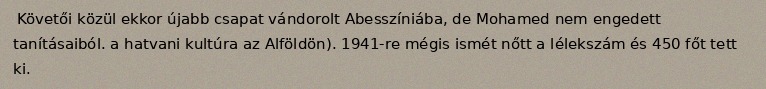
Követői közül ekkor újabb csapat vándorolt Abesszíniába, de Mohamed nem engedett tanításaiból. a hatvani kultúra az Alföldön). 1941-re mégis ismét nőtt a lélekszám és 450 főt tett ki.